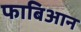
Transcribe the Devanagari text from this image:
फाबिआन